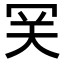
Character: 𡗺